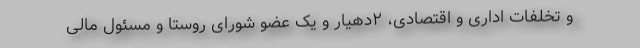
و تخلفات اداری و اقتصادی، ۲دهیار و یک عضو شورای روستا و مسئول مالی